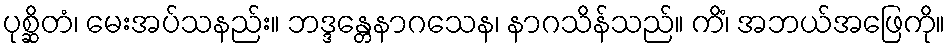
ပုစ္ဆိတံ၊ မေးအပ်သနည်း။ ဘဒ္ဒန္တေနာဂသေန၊ နာဂသိန်သည်။ ကိံ၊ အဘယ်အဖြေကို။